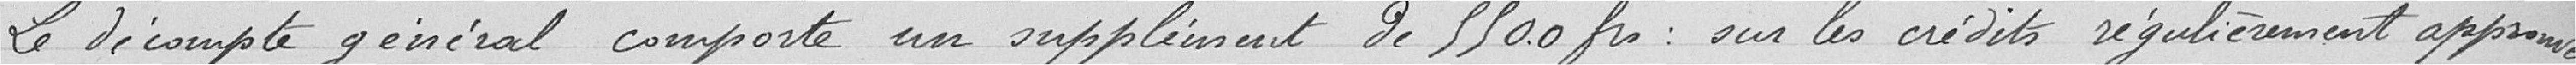
Le décompte général comporte un supplément de 5.500 francs sur les crédits régulièrement approuvés